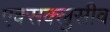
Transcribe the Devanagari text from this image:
एक्सक्लुसीव